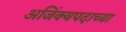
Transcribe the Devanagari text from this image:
अजिंक्यपदाच्या